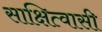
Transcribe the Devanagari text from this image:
साक्षित्वासी